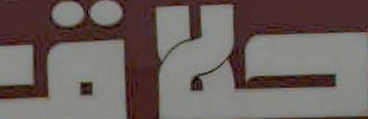
حلق